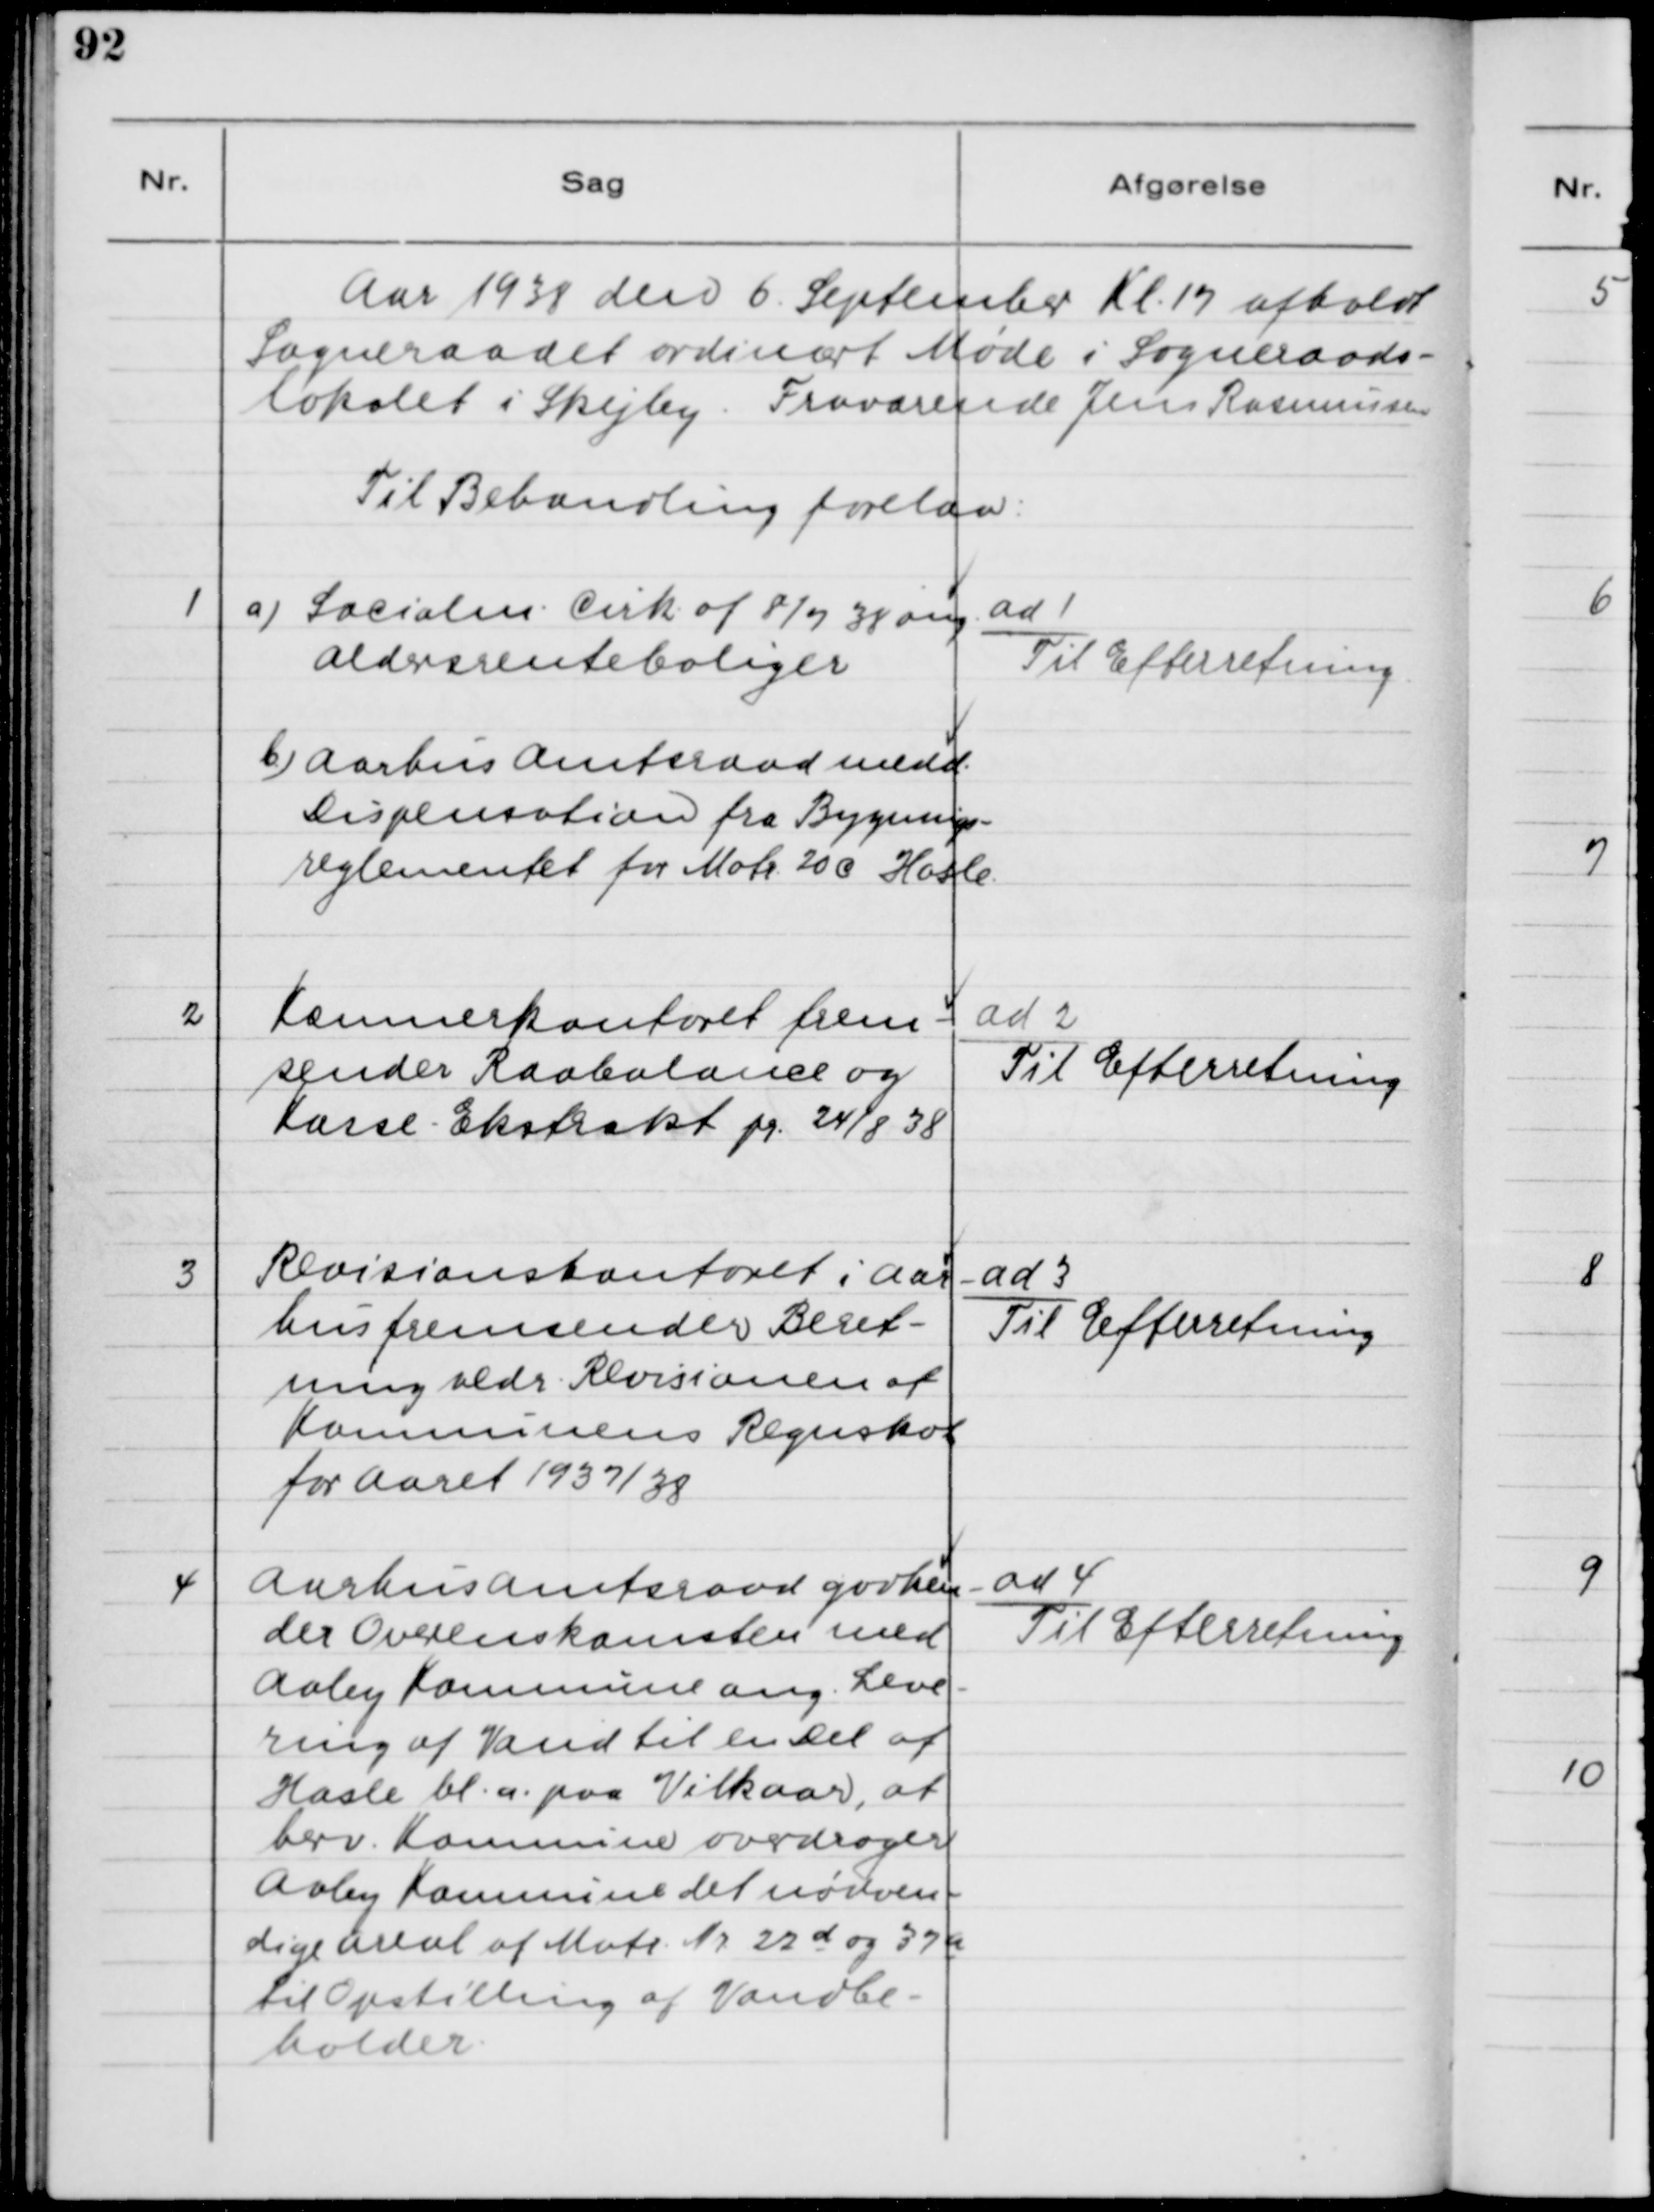
Transskription:
Aar 1938 den 6. September Kl. 17 afholdt
Sogneraadet ordinært Møde i Sogneraads-
lokalet i Skejby. Fraværende Jens Rasmussen.
Til Behandling forelaa:

1. a) Socialm. Cirk. af 8/7 38 ang.
Aldersrenteboliger
b) Aarhus Amtsraad medd.
Dispensation fra Bygnings-
reglementet for Matr. 20 c Hasle.

ad 1.
Til Efterretning

2. Kæmnerkontoret frem-
sender Raabalance og
Kasse - Ekstrakt pr. 24/8 38.

ad 2.
Til Efterretning

3. Revisionskontoret i Aar-
hus fremsender Beret-
ning vedr. Revisionen af
Kommunens Regnskab
for Aaret 1937/38.

ad 3.
Til Efterretning.

4. Aarhus Amtsraad godken-
der Overenskomsten med
Aaby Kommune ang. Leve-
ring af Vand til en Del af
Hasle bl.a. paa Vilkaar, at
herv. Kommune overdrager
Aaby Kommune det nødven-
dige Areal af Matr. Nr. 22 d og 37 a
til Opstilling af Vandbe-
holder.

ad 4.
Til Efterretning